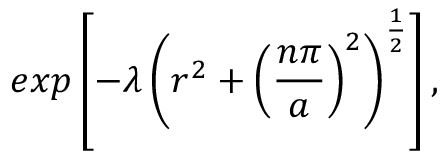
e x p \left[ - \lambda \left( r ^ { 2 } + \left( \frac { n \pi } { a } \right) ^ { 2 } \right) ^ { \frac { 1 } { 2 } } \right] ,